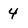
Character: 4